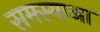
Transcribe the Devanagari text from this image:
समस्याआ